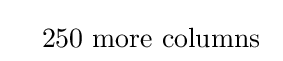
\quad 250{\mbox{ more columns }}